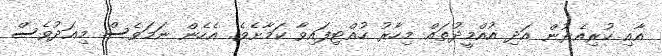
އާއި ކުރިއެރުން އަދި އުއްމީދުތައް މިހާރު ހުއްޓިފައިވާ ކަމާށެވެ. އެހެން ނަމަވެސް މިއަދުވެސް